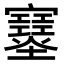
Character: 𡔂